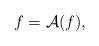
LaTeX: \begin{align*}f=\mathcal{A}(f),\end{align*}